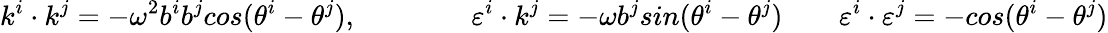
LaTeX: k^{i}\cdot k^{j}=-\omega^{2}b^{i}b^{j}cos(\theta^{i}-\theta^{j}),\qquad\qquad\varepsilon^{i}\cdot k^{j}=-\omega b^{j}sin(\theta^{i}-\theta^{j})\qquad\varepsilon^{i}\cdot\varepsilon^{j}=-cos(\theta^{i}-\theta^{j})